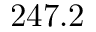
2 4 7 . 2